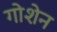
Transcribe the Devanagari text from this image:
गोशेन